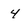
Character: 4